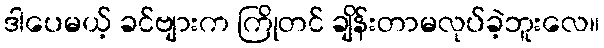
ဒါပေမယ့် ခင်ဗျားက ကြိုတင် ချိန်းတာမလုပ်ခဲ့ဘူးလေ။